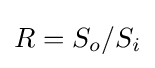
{\textstyle R=S_{o}/S_{i}}